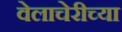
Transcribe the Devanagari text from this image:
वेलाचेरीच्या